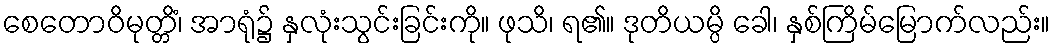
စေတောဝိမုတ္တိံ၊ အာရုံ၌ နှလုံးသွင်းခြင်းကို။ ဖုသိ၊ ရ၏။ ဒုတိယမ္ပိ ခေါ၊ နှစ်ကြိမ်မြောက်လည်း။